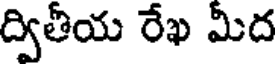
ద్వితీయ రేఖ మీద